Memorandum on the prevention of leprosy by segregation of the affected
Disease focus: Leprosy
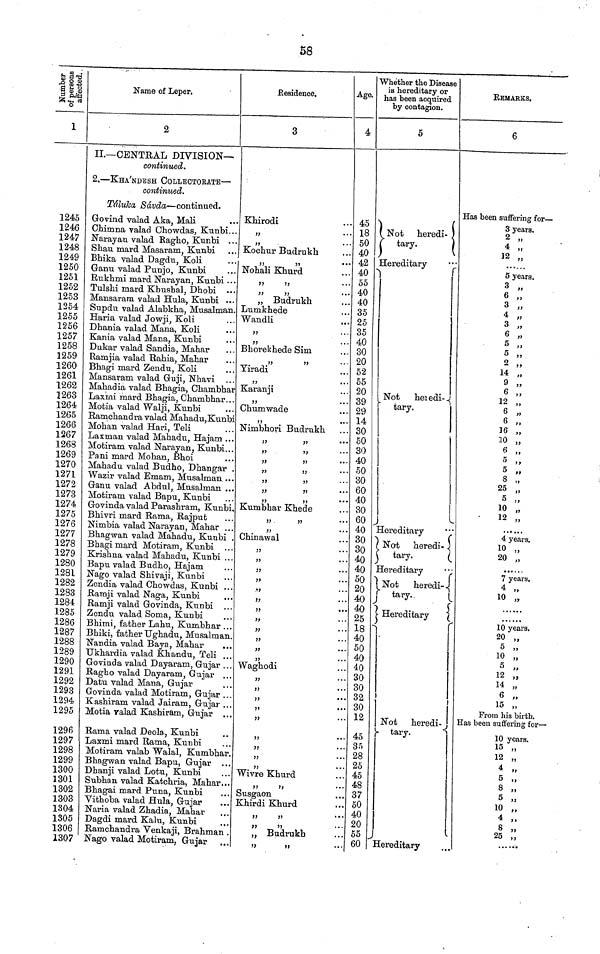
S8
1
1245
1246
1247
1248
1249
1250
1251
1252
1253
1254
1255
1256
1257
1258
1259
1260
1261
1262
1263
1264
1265
1266
1267
1268
1269
1270
1271
1272
1273
1274
1275
1276
1277
1278
1279
1280
1281
1282
1283
1284
1285
1286
1287
1288
1289
1290
1291
1292
1293
1294
1295
1296
1297
1298
1299
1300
1301
1302
1303
1304
1305
1306
1307
Name of Leper.
2
II.— CENTRAL DIVISION—
continued.
2. — KHA'NDESH COLLECTORATE —
continued.
Táluka Sávda — continued.
Govind valad Aka. Mali
Chimna valad Chowdas, Kunbi...
Narayan valad Ragho, Kunbi ...
Shau mard Masaram, Kunbi
Bhika valad Dagdu, Koli
Ganu valad Punjo, Kunbi
Rukhmi mard Narayan, Kunbi ...
Tulshi mard Kbushal, Dhobi ...
Mansaram valad Hula, Kunbi ...
Supdu valad Alabkha, Musalman.
Haria valad Jowji, Koli
Dhania valad Mana, Koli
Kania valad Mana, Kunbi
Dukar valad Sandia, Mahar
Ramjia valad Rania, Mahar
Bhagi mard Zendu, Koli
Mansaram valad Guji, Nhavi
Mahadia valad Bhagia, Chambhar
Laxrai mard Bhagia, Chambhar...
Motia valad Walji, Kunbi
Ramchandra valad Mahadu,Kunbi
Mohan valad Hari, Teli
Laxman valad Mahadu, Hajam ...
Motiram valad Narayan, Kunbi...
Pani mard Mohan, Bhoi
Mahadu valad Budho, Dhangar .
Wazir valad Emam, Musalman ...
Ganu valad Abdul, Musalman ...
Motiram valad Bapu, Kunbi
Govinda valad Parashram, Kunbi
Bhivri mard Rama, Rajput
Nimbia valad Narayan, Mahar ..
Bhagwan valad Mahadu, Kunbi
Bhagi mard Motiram, Kunbi ..
Krishna valad Mahadu, Kunbi . .
Bapu valad Budho, Hajam
Nago valad Shivaji, Kunbi
Zendia valad Chowdas, Kunbi ..
Ramji valad Naga, Kunbi
Ramji valad Govinda, Kunbi
Zendu valad Soma, Kunbi
Bhimi, father Lahu, Kumbhar ..
Bhiki, father Ughadu, Musalman
Nandia valad Baya, Mahar
Ukhardia valad Khandu, Teli ..
Govinda valad Dayaram, Gujar ..
Ragho valad Dayaram, Gujar ..
Datu valad Mana, Gujar
Govinda valad Motiram, Gujar ..
Kashiram valad Jairam, Gujar ..
Motia valad Kashiram, Gujar ..
Rama valad Deola, Kunbi
Laxmi mard Rama, Kunbi
Motiram valab Walal, Kumbhar
Bhagwan valad Bapu, Gujar ..
Dhanji valad Lotu, Kunbi
Subhan valad Katchria, Mahar..
Bhagai mard Puna, Kunbi
Vithoba valad Hula, Gujar
Naria valad Zhadia, Mahar
Dagdi mard Kalu, Kunbi
Ramchandra Venkaji, Brahman
Nago valad Motiram, Gujar
Residence,
3
Khirodi
"
,,
...
Kochur Budrukh
"
"
Nohali Khurd
"
"
"
"
„ Budrukh
Lumkhede
Wandli
,,
„
...
Bhorekhede Sim
"
"
Yiradi
" ..
"
Karanji
"
"
Chumwade
"
Nimbhori Budrukh
"
"
"
"
"
"
"
"
Kumbhar Khede
"
"
"
Chinawal
"
"
"
"
"
"
"
"
'
"
'
Waghodi
"
"
'
"
'
"
'
"
"
"
"
"
Wivre Khurd
"
"
Susgaon
Khirdi Khurd
"
"
"
"
„ Budrukh
"
"
Age.
4
45
18
50
40
42
40
55
40
40
35
25
35
40
30
20
52
55
20
39
29
14
30
50
30
40
50
30
60
40
30
60
40
30
30
40
40
50
20
40
40
25
18
40
50
40
40
30
30
32
30
12
45
35
28
25
45
48
37
50
40
20
55
60
Whether the Disease
is hereditary or
has been acquired
by contagion.
5
Not
heredi-
tary.
Hereditary
Not
heredi-
Hereditary
Not
heredi-
tary.
Hereditary
tary.
Hereditary
Not
heredi-
tary.
Hereditary
REMARKS,
6
Has been suffering for —
3 years.
2 „
4 ,
12
....
5 years.
3
6 ,
3
4
3
6
5
5
2
14
9
6
12
6 16
10
6
5
5
8
25
5
10
12
4 years.
10
20
7 years.
10
10 years.
20 ,,
10
5
15
From his birth.
Has been suffering for —
10 years.
15 „
12 „
4 „
5 „
8 „
5 „
10 „
4 ,.
8 „
25 „